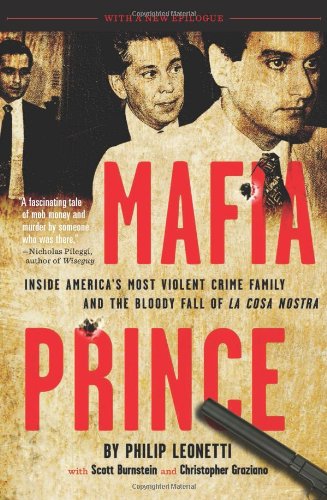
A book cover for Mafia Prince: Inside America's Most Violent Crime Family and the Bloody Fall of La Cosa Nostra; Phil Leonetti; Biographies & Memoirs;